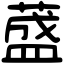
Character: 𦼦